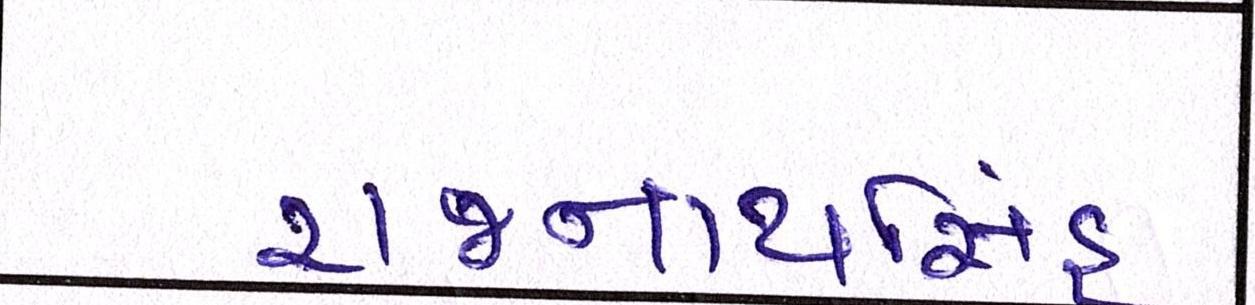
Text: રાજનાથસિંહ